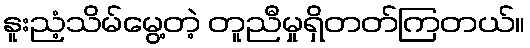
နူးညံ့သိမ်မွေ့တဲ့ တူညီမှုရှိတတ်ကြတယ်။